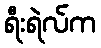
ရီးရဲလ်က